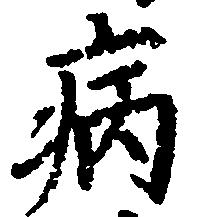
病